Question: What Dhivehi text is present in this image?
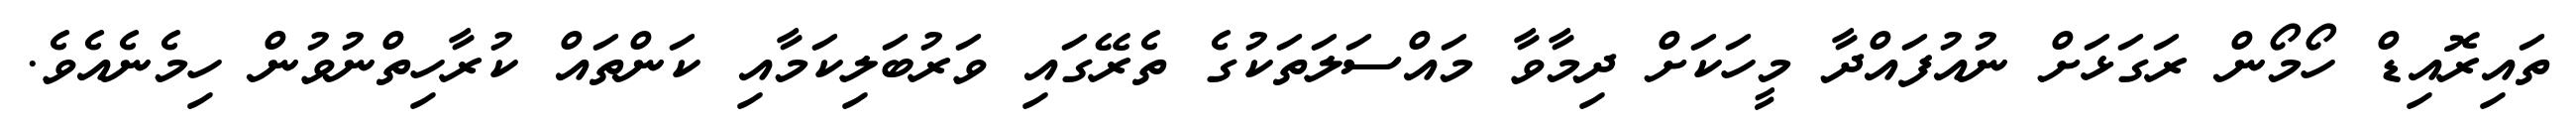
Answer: ތައިރޮއިޑް ހޯމޯން ރަގަޅަށް ނުއުފައްދާ މީހަކަށް ދިމާވާ މައްސަލަތަކުގެ ތެރޭގައި ވަރުބަލިކަމާއި ކަންތައް ކުރާހިތްނުވުން ހިމެނެއެވެ.